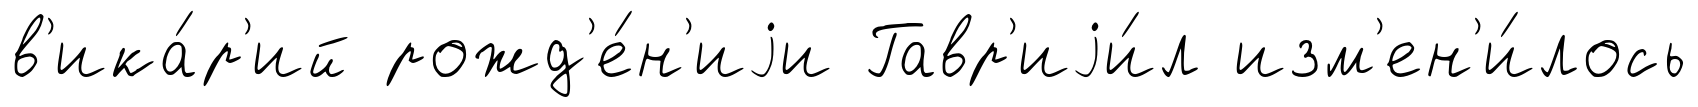
в'ика́р'ий рожд'е́н'иjи Гавр'иjи́л изм'ен'и́лось